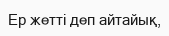
Ер жеттi деп айтайық,